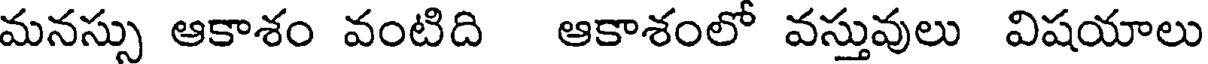
మనస్సు ఆకాశం వంటిది ఆకాశంలో వస్తువులు విషయాలు